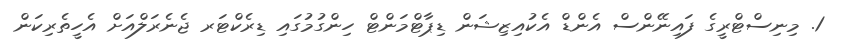
1. މިނިސްޓްރީގެ ފައިނޭންސް އެންޑް އެކުއިޒިޝަން ޑިޕާޓްމަންޓް ހިންގުމުގައި ޑިރެކްޓަރ ޖެނެރަލްއަށް އެހީތެރިކަން